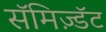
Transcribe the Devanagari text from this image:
सॅमिज़्डॅट